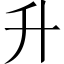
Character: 升